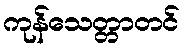
ကုန်သေတ္တာတင်